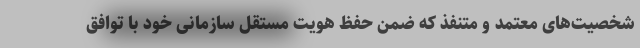
شخصیت‌های معتمد و متنفذ که ضمن حفظ هویت مستقل سازمانی خود با توافق